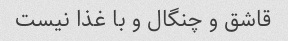
قاشق و چنگال و با غذا نیست